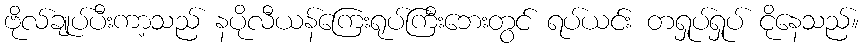
ဗိုလ်ချုပ်ပီးကာ့သည် နပိုလီယန်ကြေးရုပ်ကြီးဘေးတွင် ရပ်ယင်း တရှုပ်ရှုပ် ငိုနေသည်။